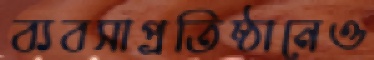
ব্যবসাপ্রতিষ্ঠানেও